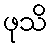
ဖုသိ